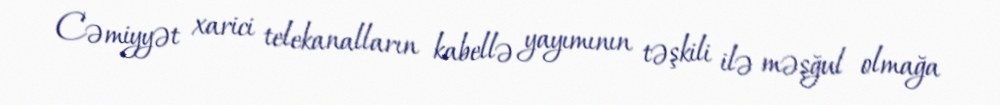
Cəmiyyət xarici telekanalların kabellə yayımının təşkili ilə məşğul olmağa